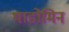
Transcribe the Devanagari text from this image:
थाडोमिन